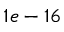
1 e - 1 6